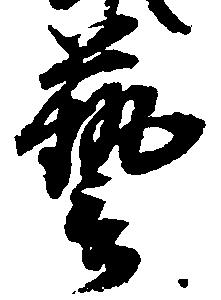
芸